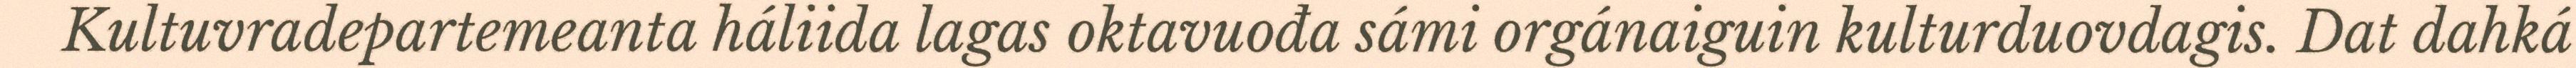
Kultuvradepartemeanta háliida lagas oktavuođa sámi orgánaiguin kulturduovdagis. Dat dahká